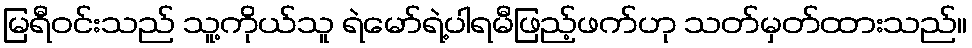
မြရီဝင်းသည် သူ့ကိုယ်သူ ရဲမော်ရဲ့ပါရမီဖြည့်ဖက်ဟု သတ်မှတ်ထားသည်။